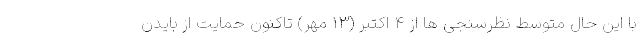
با این حال متوسط نظرسنجی ها از ۴ اکتبر (۱۳ مهر) تاکنون حمایت از بایدن